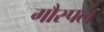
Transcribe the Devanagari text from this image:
गौस्पल